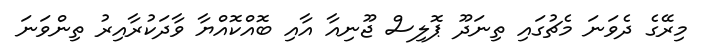
މިރޭގެ ދެވަނަ މެޗުގައި ތިނަދޫ ޕޮލިސް ޖޫނިއާ އާއި ބޮއްކޮއްޔާ ވާދަކުރާއިރު ތިންވަނަ